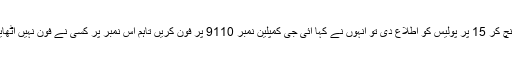
عرفان علی کا کہنا تھا کہ واقعہ کے وقت وہ گھر پر نہیں تھے،گھر پہنچ کر 15 پر پولیس کو اطلاع دی تو انہوں نے کہا آئی جی کمپلین نمبر 9110 پر فون کریں تاہم اس نمبر پر کسی نے فون نہیں اٹھایا جس کے بعد واقعہ کے خلاف ایڈیشنل آئی جی کو شکایت بھیجی ہے۔